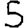
Digit: 5